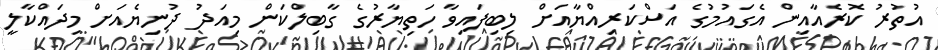
އުތުރު ކޮރެއާއިން އެގައުމުގެ އަސްކަރިއްޔާއަށް ލިބިފައިވާ ހަތިޔާރުގެ ގާބިލްކަން މިއަދު ދުނިޔެއަށް މިދައްކާލީ